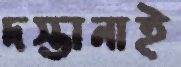
দস্তানাই